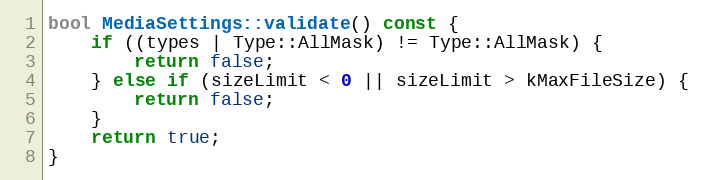
Language: C++
bool MediaSettings::validate() const {
	if ((types | Type::AllMask) != Type::AllMask) {
		return false;
	} else if (sizeLimit < 0 || sizeLimit > kMaxFileSize) {
		return false;
	}
	return true;
}